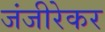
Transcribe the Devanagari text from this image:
जंजीरेकर